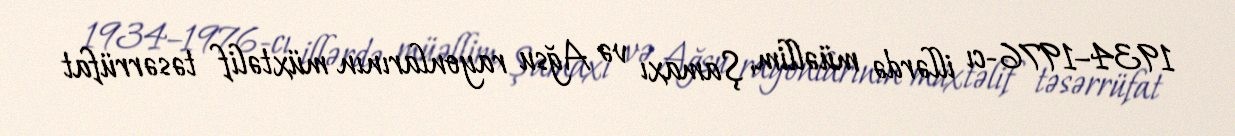
1934–1976-cı illərdə müəllim, Şamaxı və Ağsu rayonlarının müxtəlif təsərrüfat